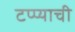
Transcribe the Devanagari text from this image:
टप्प्याची